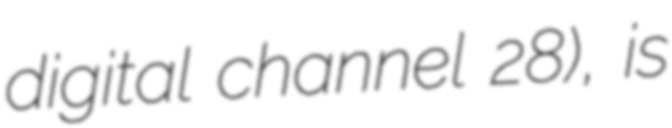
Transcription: digital channel 28), is